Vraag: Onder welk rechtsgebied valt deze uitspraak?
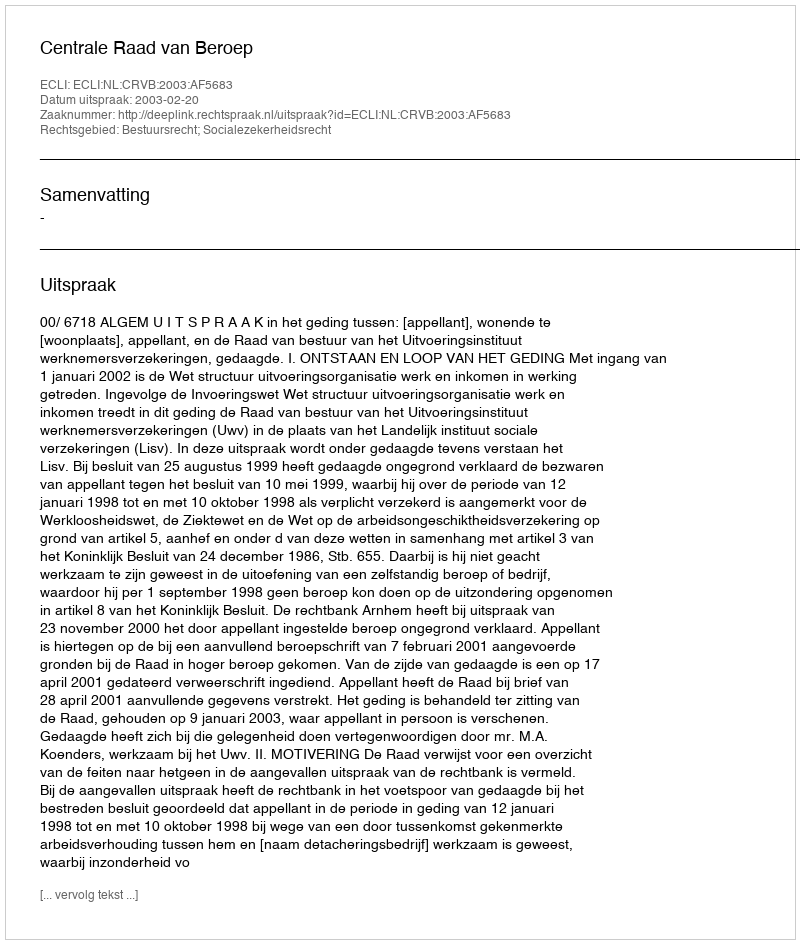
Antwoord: Bestuursrecht; Socialezekerheidsrecht